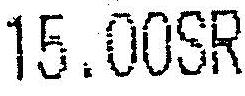
15.00SR